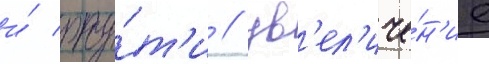
и́ рту́т'и / ув'ел'иче́н'ие